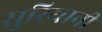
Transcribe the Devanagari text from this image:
सुरियानी